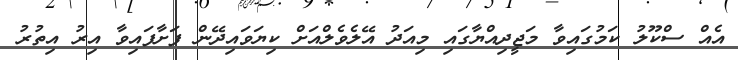
އެއް ސްކޫލު ކަމުގައިވާ މަޖީދިއްޔާގައި މިއަދު އޭލެވެލްއަށް ކިޔަވައިދޭން ފަށާފައިވާ އިރު އިތުރު